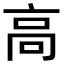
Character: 高